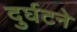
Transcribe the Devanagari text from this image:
दुर्घटने